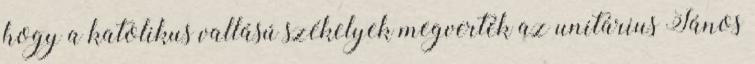
hogy a katolikus vallású székelyek megverték az unitárius János